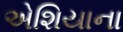
એશિયાના